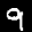
Label: 9